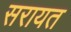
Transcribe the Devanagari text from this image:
सरायत